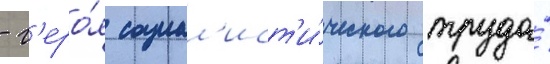
- г'еро́я социал'ист'и́ческого труда́